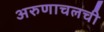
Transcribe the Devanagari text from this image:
अरुणाचलची